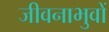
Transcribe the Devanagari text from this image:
जीवनाभुवों